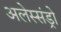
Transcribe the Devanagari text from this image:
अलेस्संड्रो